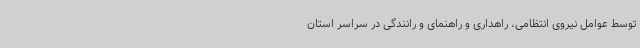
توسط عوامل نیروی انتظامی، راهداری و راهنمای و رانندگی در سراسر استان